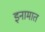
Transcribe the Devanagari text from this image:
इनामात